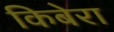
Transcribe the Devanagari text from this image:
किबेरा